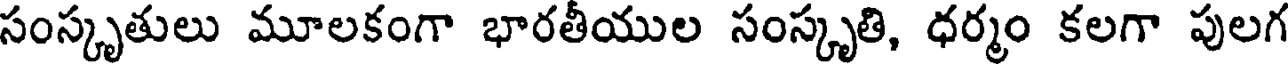
సంస్కృతులు మూలకంగా భారతీయుల సంస్కృతి, ధర్మం కలగా పులగ